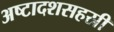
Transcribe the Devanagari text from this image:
अष्टादशसहस्री